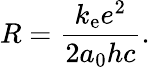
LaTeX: R={\frac{k_{\mathrm{e}}e^{2}}{2a_{0}hc}}.